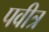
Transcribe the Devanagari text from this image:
पवीत्र